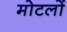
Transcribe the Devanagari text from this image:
मोटलों